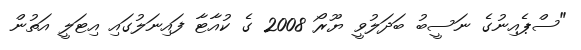
"ސްޕެއިނުގެ ނަސީބު ބަދަލުވީ ޔޫރޯ 2008 ގެ ކުއާޓާ ފައިނަލުގައި އިޓަލީ އަތުން